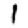
Digit: 1